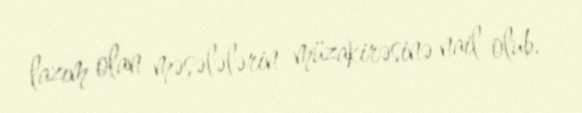
lazım olan məsələlərin müzakirəsinə nail olub.